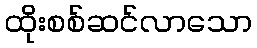
ထိုးစစ်ဆင်လာသော